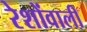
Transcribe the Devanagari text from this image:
रेशोंवाली